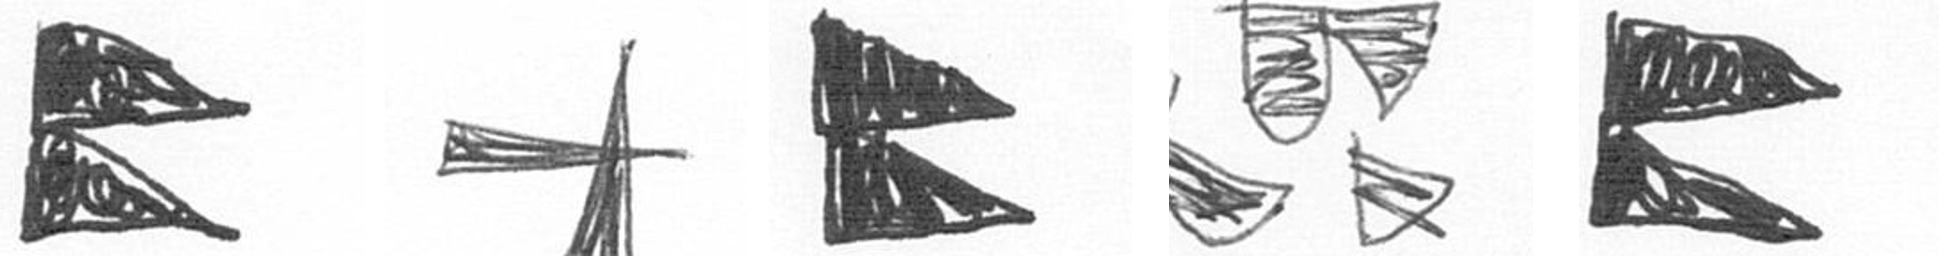
P G P B P